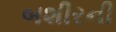
બશીરની